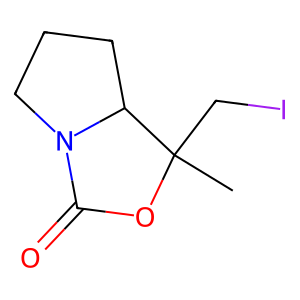
SMILES: CC1(CI)OC(=O)N2CCCC21
Inhibits HIV replication: No